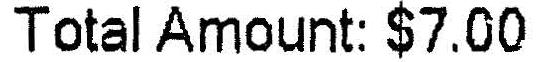
TOTAL AMOUNT: $7.00